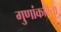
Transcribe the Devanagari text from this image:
गुणांकरिता